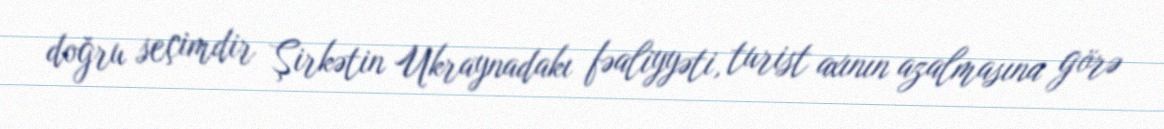
doğru seçimdir Şirkətin Ukraynadakı fəaliyyəti, turist axının azalmasına görə